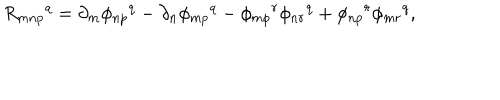
R _ { m n p } { } ^ { q } = \partial _ { m } \phi _ { n p } { } ^ { q } - \partial _ { n } \phi _ { m p } { } ^ { q } - \phi _ { m p } { } ^ { r } \phi _ { n r } { } ^ { q } + \phi _ { n p } { } ^ { r } \phi _ { m r } { } ^ { q } ,